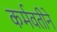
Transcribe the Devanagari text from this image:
कर्मवतीने